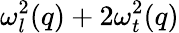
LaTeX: \omega_{l}^{2}(q)+2\omega_{t}^{2}(q)